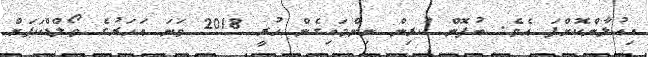
އިއުލާންކޮށްފަ އެވެ. ބުފޮން ކުރިން ނިންމައިގެން ހުރީ 2018 ވަަނަ އަހަރުގެ ވޯލްޑްކަޕަށް